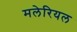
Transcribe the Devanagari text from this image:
मलेरियल